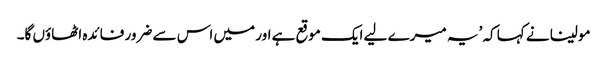
مولینا نے کہا کہ ’یہ میرے لیے ایک موقع ہے اور میں اس سے ضرور فائدہ اٹھاؤں گا۔